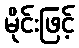
မိုင်းဖြင့်